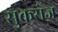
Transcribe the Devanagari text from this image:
सुकरोज